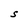
Character: S